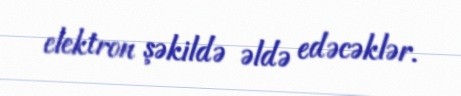
elektron şəkildə əldə edəcəklər.